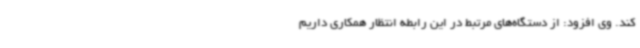
کند. وی افزود: از دستگاه‌های مرتبط در این رابطه انتظار همکاری داریم